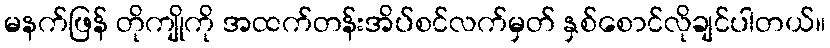
မနက်ဖြန် တိုကျိုကို အထက်တန်းအိပ်စင်လက်မှတ် နှစ်စောင်လိုချင်ပါတယ်။